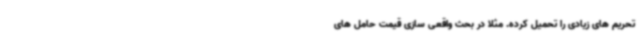
تحریم های زیادی را تحمیل کرده. مثلا در بحث واقعی سازی قیمت حامل های